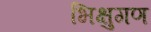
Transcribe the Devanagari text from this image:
भिक्षुगण